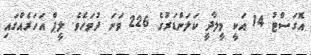
އޮގަސްޓު 14 އަކީ މީލާދީ ކަލަންޑަރުގެ 226 ވަނަ ދުވަހެވެ. ލީޕް އަހަރެއްގައި